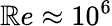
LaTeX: \mathbb{R}e\approx10^{6}